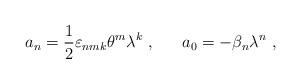
LaTeX: \begin{align*}a_n = \frac 12 \varepsilon_{nmk} \theta^m \lambda^k~, ~~~~~ a_0 = - \beta_n \lambda ^n~,\end{align*}